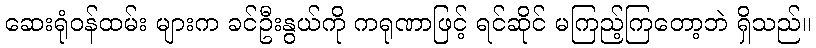
ဆေးရုံဝန်ထမ်း များက ခင်ဦးနွယ်ကို ကရုဏာဖြင့် ရင်ဆိုင် မကြည့်ကြတော့ဘဲ ရှိသည်။